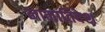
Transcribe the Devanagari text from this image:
नामातिदेश